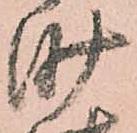
沙